Sketch of the medical history of the native army of Bombay, for the year
Year: 1872
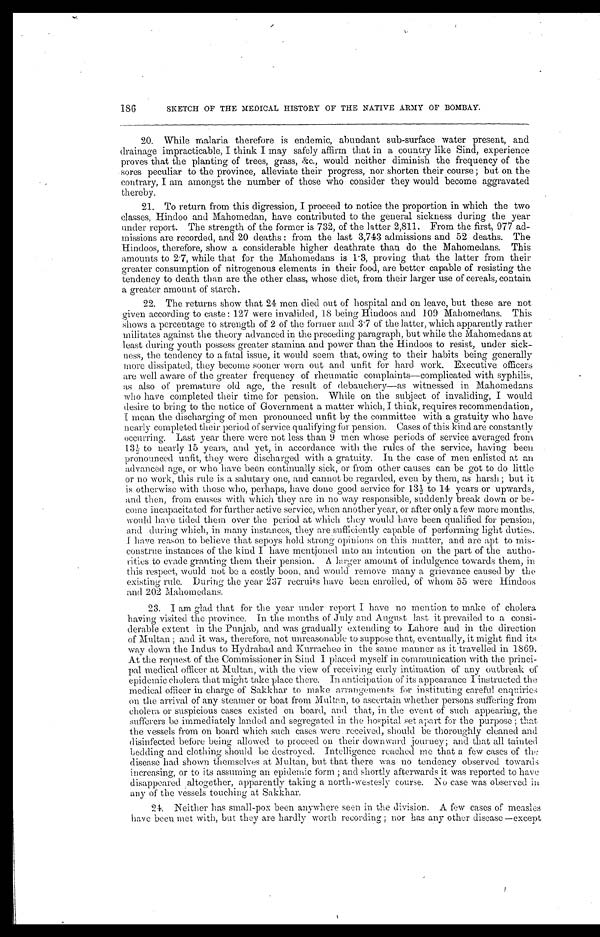
SKETCH OF THE MEDICAL HISTORY OF THE NATIVE ARMY OF BOMBAY.
20.
While malaria therefore is endemic, abundant sub-surface water present, and
drainage impracticable, I think I may safely affirm that in a country like Sind, experience
proves that the planting of trees, grass, &c., would neither diminish the frequency of the
sores peculiar to the province, alleviate their progress, nor shorten their course ; but on the
contrary, I am amongst the number of those who consider they would become aggravated
thereby.
21.
To return from this digression, I proceed to notice the proportion in which the two
classes, Hindoo and Mahomedan, have contributed to the general sickness during the year
under report. The strength of the former is 732, of the latter 2,811. From the first, 977 ad-
missions are recorded, and 20 deaths : from the last 3,743 admissions and 52 deaths. The
Hindoos, therefore, show a considerable higher deathrate than do the Mahomedans. This
amounts to 2
.
7, while that for the Mahomedans is 1 . 3, proving that the latter from their
greater consumption of nitrogenous elements in their food, are better capable of resisting the
tendency to death than are the other class, whose diet, from their larger use of cereals, contain
a greater amount of starch.
22.
The returns show that 24 men died out of hospital and on leave, but these are not
given according to caste : 127 were invalided, 18 being Hindoos and 109 Mahomedans. This
shows a percentage to strength of 2 of the former and 3 . 7 of the latter, which apparently rather
militates against the theory advanced in the preceding paragraph, but while the Mahomedans at
least during youth possess greater stamina and power than the Hindoos to resist, under sick-
ness, the tendency to a fatal issue, it would seem that, owing to their habits being generally
more dissipated, they become sooner worn out and unfit for hard work. Executive officers
are well aware of the greater frequency of rheumatic complaints—complicated with syphilis,
as also of premature old age, the result of debauchery—as witnessed in Mahomedans
who have completed their time for pension. While on the subject of invaliding, I would
desire to bring to the notice of Government a matter which, I think, requires recommendation,
I mean the discharging of men pronounced unfit by the committee with a gratuity who have
nearly completed their period of service qualifying for pension. Cases of this kind are constantly
occurring. Last year there were not less than 9 men whose periods of service averaged from
13 1/2 to nearly 15 years, and yet, in accordance with the rules of the service, having been
pronounced unfit, they were discharged with a gratuity. In the case of men enlisted at an
advanced age, or who have been continually sick, or from other causes can be got to do little
or no work, this rule is a salutary one, and cannot be regarded, even by them, as harsh ; but it
is otherwise with those who, perhaps, have done good service for 13 1/2 to 14 years or upwards,
and then, from causes with which they are in no way responsible, suddenly break down or be-
come incapacitated for further active service, when another year, or after only a few more months,
would have tided them over the period at which they would have been qualified for pension,
and during which, in many instances, they are sufficiently capable of performing light duties.
I have reason to believe that sepoys hold strong opinions on this matter, and are apt to mis-
construe instances of the kind I have mentioned into an intention on the part of the autho-
rities to evade granting them their pension. A larger amount of indulgence towards them, in
this respect, would not be a costly boon, and would remove many a grievance caused by the
existing rule. During the year 237 recruits have been enrolled, of whom 55 were Hindoos
and 202 Mahomedans.
23.
I am glad that for the year under report I have no mention to make of cholera
having visited the province. In the months of July and August last it prevailed to a consi-
derable extent in the Punjab, and was gradually extending to Lahore and in the direction
of Multan ; and it was, therefore, not unreasonable to suppose that, eventually, it might find its
way down the Indus to Hydrabad and Kurrachee in the same manner as it travelled in 1869.
At the request of the Commissioner in Sind I placed myself in communication with the princi-
pal medical officer at Multan, with the view of receiving early intimation of any outbreak of
epidemic cholera that might take place there. In anticipation of its appearance I instructed the
medical officer in charge of Sakkhar to make arrangements for instituting careful enquiries
on the arrival of any steamer or boat from Multan, to ascertain whether persons suffering from
cholera or suspicious cases existed on board, and that, in the event of such appearing, the
sufferers be immediately landed and segregated in the hospital set apart for the purpose ; that
the vessels from on board which such cases were received, should be thoroughly cleaned and
disinfected before being allowed to proceed on their downward journey ; and that all tainted
bedding and clothing should be destroyed. Intelligence reached me that a few cases of the
disease had shown themselves at Multan, but that there was no tendency observed towards
increasing, or to its assuming an epidemic form ; and shortly afterwards it was reported to have
disappeared altogether, apparently taking a north-westesly course. No case was observed in
any of the vessels touching at Sakkhar.
24. Neither has small-pox been anywhere seen in the division. A few cases of measles
have been met with, but they are hardly worth recording ; nor has any other disease —except
186